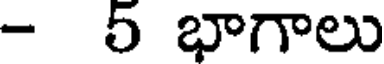
- 5 భాగాలు